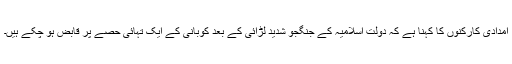
امدادی کارکنوں کا کہنا ہے کہ دولت اسلامیہ کے جنگجو شدید لڑائی کے بعد کوبانی کے ایک تہائی حصّے پر قابض ہو چکے ہیں۔